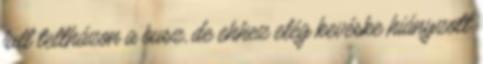
full teltházon a busz, de ehhez elég kevéske hiányzott